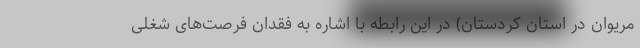
مریوان در استان کردستان) در این رابطه با اشاره به فقدان فرصت‌های شغلی